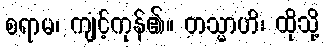
စရာမ၊ ကျင့်ကုန်၏။ တသ္မာဟိ၊ ထိုသို့